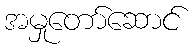
အမှုတော်ဆောင်